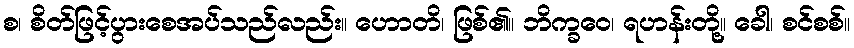
စ၊ စိတ်ဖြင့်ပွားစေအပ်သည်လည်း။ ဟောတိ၊ ဖြစ်၏။ ဘိက္ခဝေ၊ ရဟန်းတို့။ ခေါ၊ စင်စစ်။